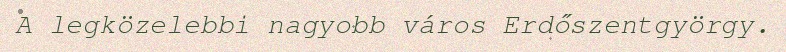
A legközelebbi nagyobb város Erdőszentgyörgy.